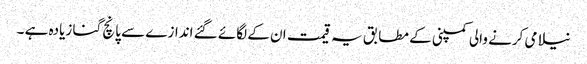
نیلامی کرنے والی کمپنی کے مطابق یہ قیمت ان کے لگائے گئے اندازے سے پانچ گنا زیادہ ہے ۔